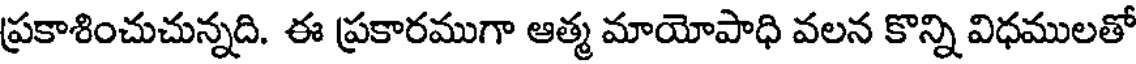
ప్రకాశించుచున్నది. ఈ ప్రకారముగా ఆత్మ మాయోపాధి వలన కొన్ని విధములతో